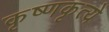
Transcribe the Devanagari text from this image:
कृष्णकृत्ये